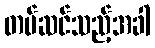
တပ်ဆင်သည့်အခါ